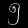
Digit: ၅